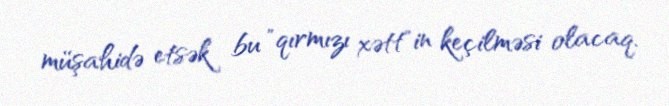
müşahidə etsək bu "qırmızı xətt"in keçilməsi olacaq.